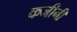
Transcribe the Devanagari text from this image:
कजीनी